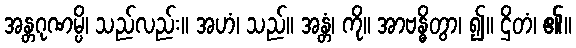
အန္တဂုဏမ္ပိ၊ သည်လည်း။ အဟံ၊ သည်။ အန္တံ၊ ကို။ အာဗန္ဓိတွာ၊ ၍။ ဌိတံ၊ ၏။